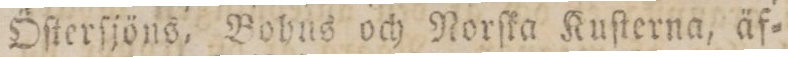
Öſterſjöns, Bohns och Norſka Kuſterna, äf=